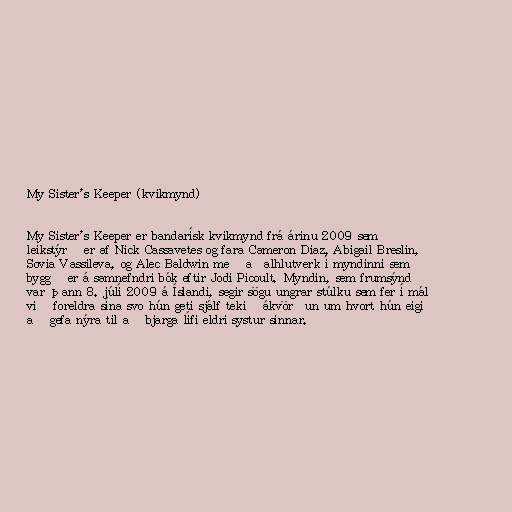
My Sister's Keeper (kvikmynd)

My Sister's Keeper er bandarísk kvikmynd frá árinu 2009 sem
leikstýrð er af Nick Cassavetes og fara Cameron Diaz, Abigail Breslin,
Sovia Vassileva, og Alec Baldwin með aðalhlutverk í myndinni sem
byggð er á samnefndri bók eftir Jodi Picoult. Myndin, sem frumsýnd
var þann 8. júlí 2009 á Íslandi, segir sögu ungrar stúlku sem fer í mál
við foreldra sína svo hún geti sjálf tekið ákvörðun um hvort hún eigi
að gefa nýra til að bjarga lífi eldri systur sinnar.